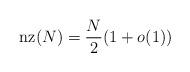
LaTeX: \begin{align*}\operatorname{nz}(N)=\frac{N}{2}(1+o(1))\end{align*}